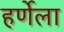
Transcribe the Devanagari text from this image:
हर्णेला